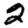
Digit: 2